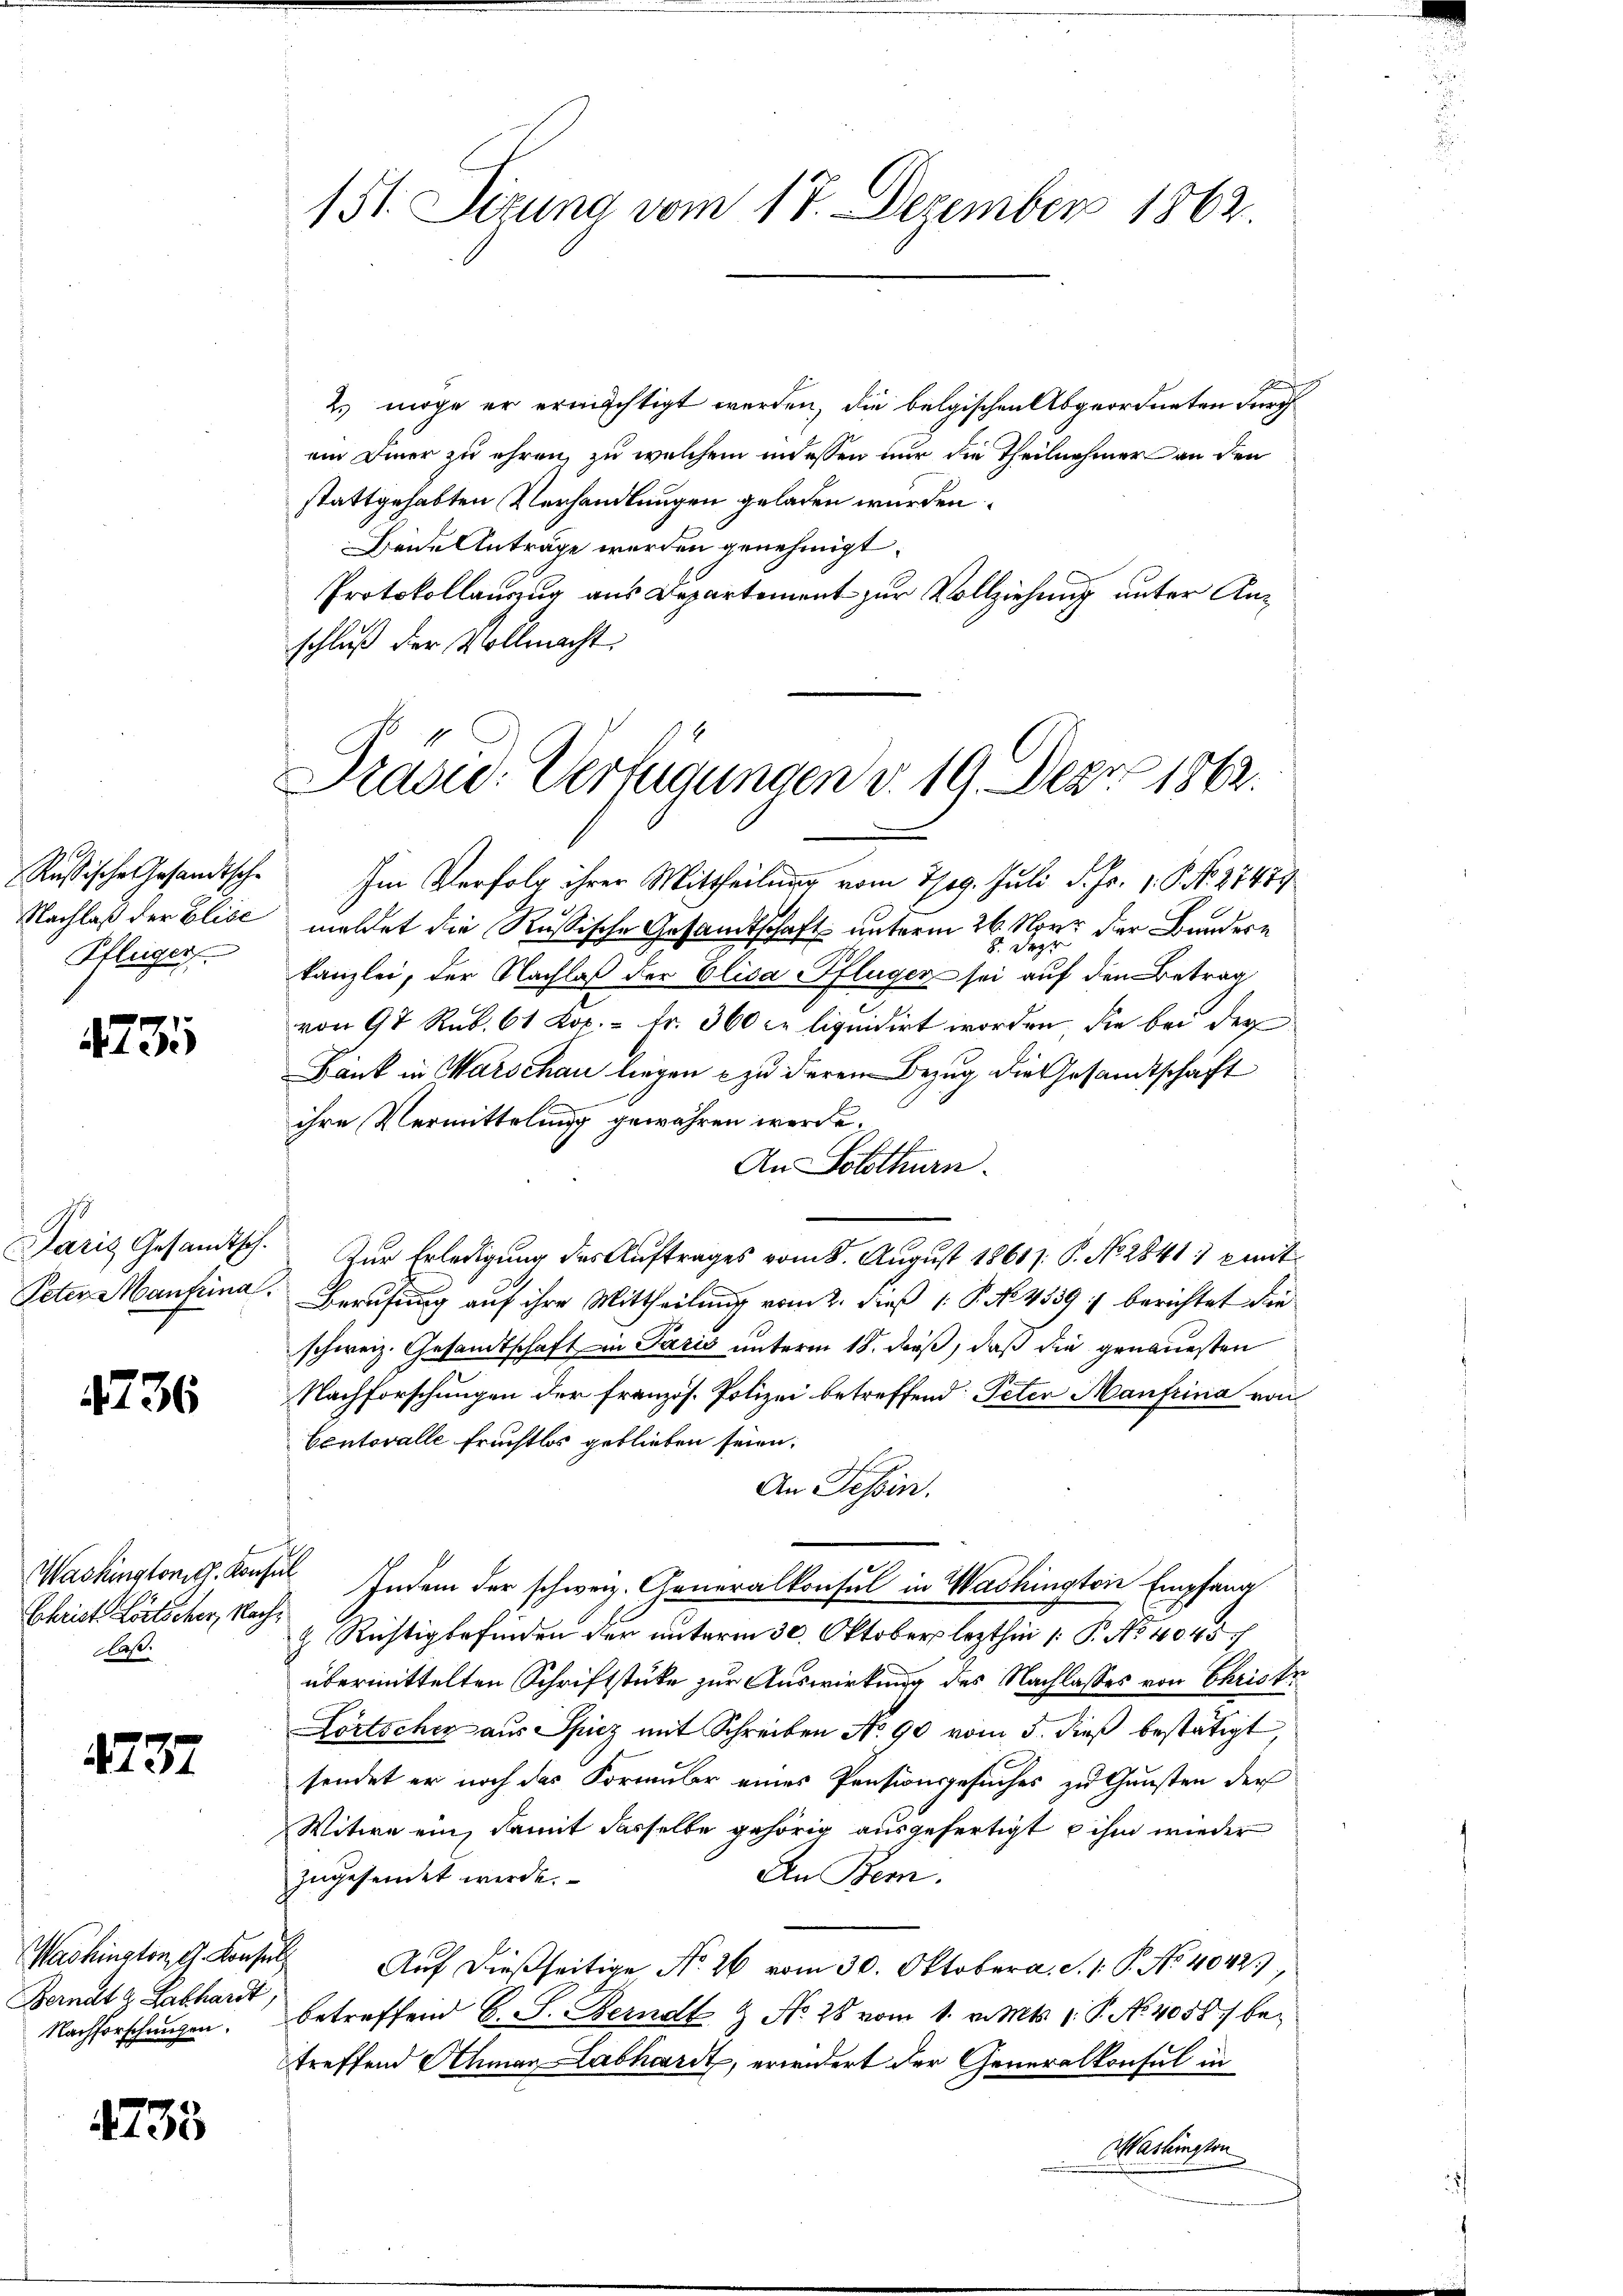
Pflüger

4731

Paris Gesandtsch.
Peter Manfiina.

4736

Christ Lörtscher, Nachbast.

4737

Bernata Labhardt,
Nachforschungen.

4738

151. Situng vom 17. Dezember 1863.

2. möge er ermächtigt werden, die belgischen Abgeordneten durch
ein Diner zu ehren, zu welchem indessen nur die Theilnehmer an den
stattgehabten Verhandlungen geladen würden.
Beide Anträge werden genehmigt.
Protokollauung aus Departement zur Vollziehung unter Anschluß der Vollmacht.

Pradw. Verfügungen d. 19. Depro 1862.

Rußische Gesandtsche Im Verfolg ihrer Mittheilung vom Tag. Juli d. Fr. 1. P. Nr. 21489
Nachlaß der Elise meldet die Russische Gesandtschaft unterm 26. Novr der Bundern
Seg
8
kanzlei, der Nachlaß der Elisa Pflüger sei auf den Betrag
2
von 98 Rub. 61 Kop. = Fr. 360 c. liquidirt worden, die bei der
Bank in Warschau liegen zu derem Bezug die Gesandtschaft
ihre Vermittelung gewähren werde.
An Solothurn.
Zur Erledigung des Auftrages vom 8. August 1861. P. No 2841, mit¬
Berufung auf ihre Mittheilung vom 2. dieß P. No 4589 :/ berichtet die
schweiz. Gesandtschaft in Paris unterm 18. dieß, daß die genauesten
Nachforschungen der französ. Polizei betreffend Peter Manfrina von
Contovalle Fruchtlos geblieben seien.
An Tessin.
Washingtonis. Konsul Indem der schweiz. Generalkonsul in Washington Empfang
z Richtigbefinden der unterm 30. Oktober lezthin 1. P. No 4045
übermittelten Schriftstüke zur Auswirkung des Nachlasses von Christe
Fortscher aus Spiez mit Schreiben No 90 vom 5. dieß bestätigt
sendet er noch das Formular eines Pensionsgesuches zu Gunsten der
Witwe ein, damit dasselbe gehörig ausgefertigt ihm wieder
An Bern.
zugesendet werde.
Washington G. Konse Auf dießseitige No. 26 vom 30. Oktobera. S. 1. P. No 4042.)
betreffend C. S. Ferndt & No 28 vom 1. v. Mts. 1. P. No 40587 betreffend Schmar Labhardt, erwidert der Generalkonsul in
Washington